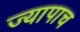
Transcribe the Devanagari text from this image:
ज्यापाच